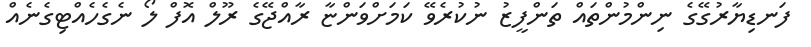
ފަނޑިޔާރުގޭގެ ނިންމުންތައް ތަންފީޒު ނުކުރެވޭ ކަމަށްވަންޏާ ރާއްޖޭގެ ރޫލް އޮފް ލޯ ނެގެހެއްޓިގެނެއް